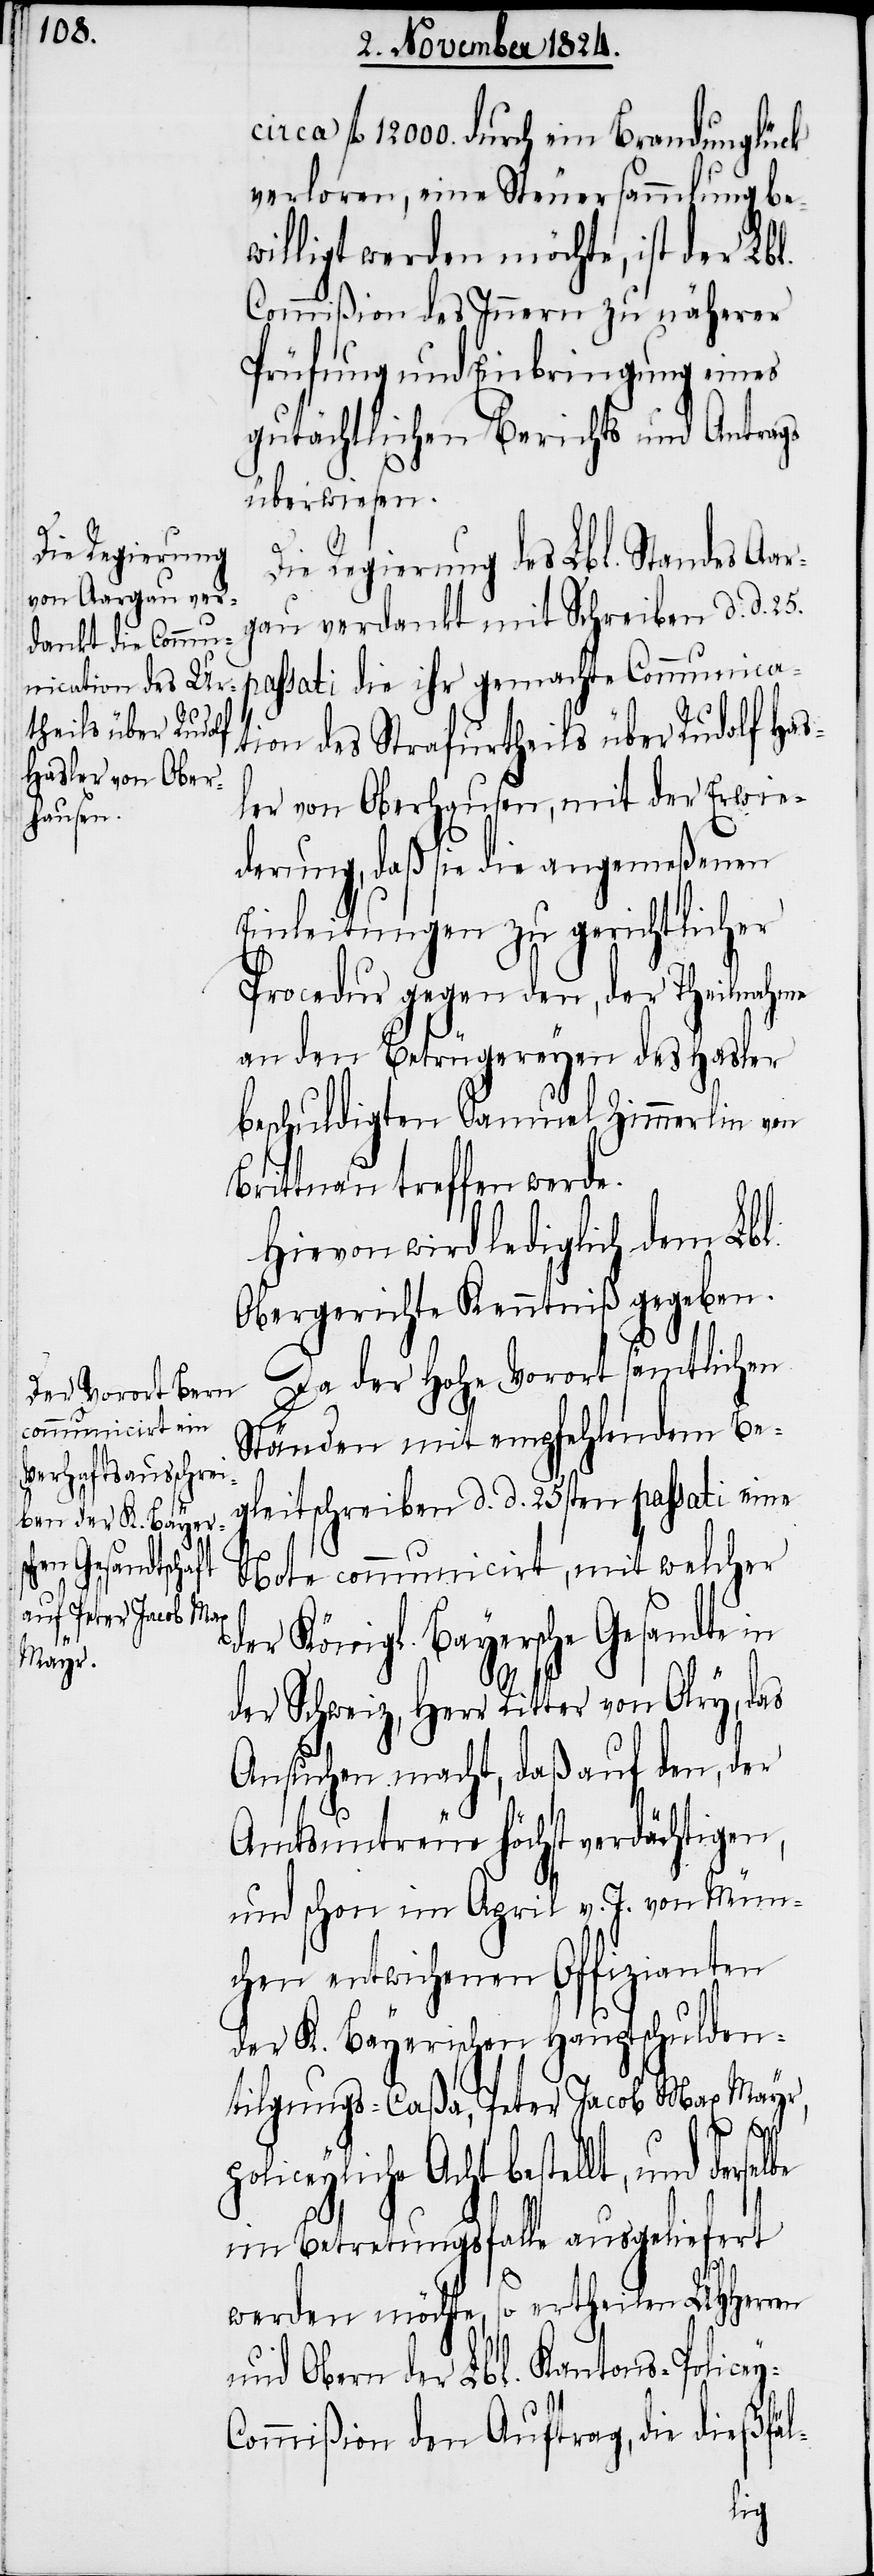
circa fl 12000. durch ein Brandunglück
verloren, eine Steuersammlung be¬
willigt werden möchte, ist der Lbl.
Commißion des Innern zu näherer
Prüfung und Einbringung eines
gutächtlichen Berichts und Antrags
überwiesen.
y-C¬
Die Regierung des Lbl. Standes Aarg¬
au verdankt mit Schreiben d. d. 25.
passati die ihr gemachte Communica¬
tion des Strafurtheils über Rudolf Has¬
ler von Oberhausen, mit der Erwie¬
derung, daß sie die angemeßenen
Einleitungen zu gerichtlicher
Procedur gegen den, der Theilnahme
an den Betrügereyen des Hasler
beschuldigten Samuel Zimmerlin von
Brittnau treffen werde.
Hievon wird lediglich dem Lbl.
Obergericht Kenntniß gegeben.
Da der Hohe Vorort sämtlichen
Ständen mit empfehlendem Be¬
gleitschreiben d. d. 25sten passati eine
Bote communicirt, mit welcher
der Königl. Bayersche Gesandte in
der Schweiz, Herr Ritter von Olry, das
Ansuchen macht, daß auf den, der
Amtsuntreue höchst verdächtigen,
und schon im April v. J. von Mün¬
chen entwichenen Offizianten
der K. Bayerischen Hauptschulden¬
tilgungs-Caßa, Peter Jacob Max Mayr,
policeyliche Acht bestellt, und derselbe
im Betretungsfalle ausgeliefert
werden möchte, so ertheilen UHHerren
und Obern der Lbl. Kantons-Police¬
ommißion den Auftrag, die dießfäl-